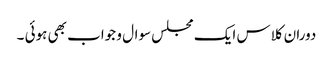
دوران کلاس ایک مجلس سوال و جواب بھی ہوئی ۔